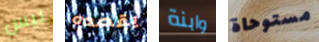
ليس يقصده وابنة مستوحاة